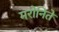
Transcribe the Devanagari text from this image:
मरोनिते